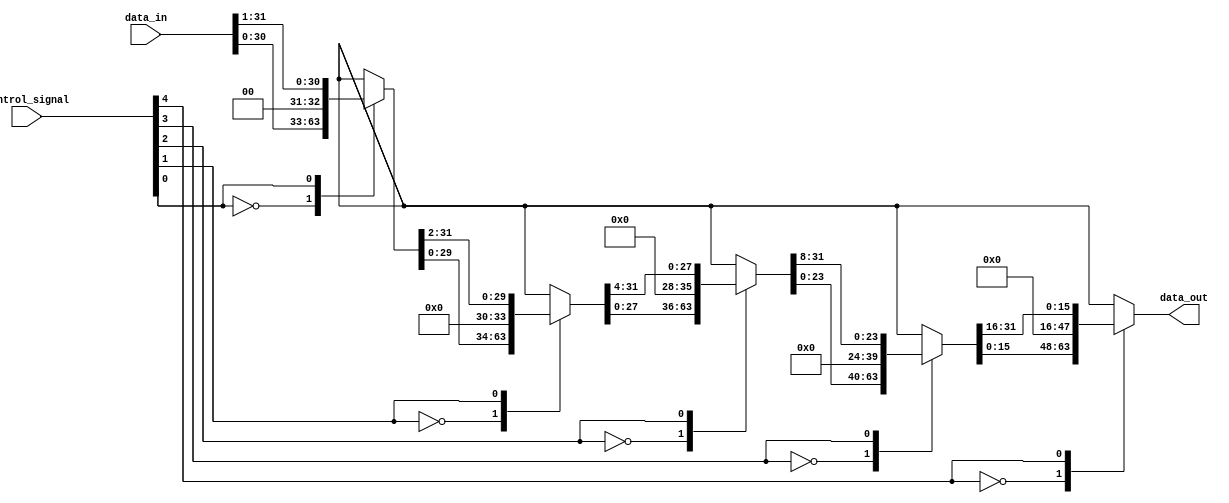
module barrel_shifter (
    input wire [31:0] data_in,
    input wire [4:0] control_signal,
    output reg [31:0] data_out
);

reg [31:0] stage_1_out, stage_2_out, stage_3_out, stage_4_out;

// Stage 1
always @*
begin
    case (control_signal[0])
        1'b0: stage_1_out = data_in << 1;
        1'b1: stage_1_out = data_in >> 1;
    endcase
end

// Stage 2
always @*
begin
    case (control_signal[1])
        1'b0: stage_2_out = stage_1_out << 2;
        1'b1: stage_2_out = stage_1_out >> 2;
    endcase
end

// Stage 3
always @*
begin
    case (control_signal[2])
        1'b0: stage_3_out = stage_2_out << 4;
        1'b1: stage_3_out = stage_2_out >> 4;
    endcase
end

// Stage 4
always @*
begin
    case (control_signal[3])
        1'b0: stage_4_out = stage_3_out << 8;
        1'b1: stage_4_out = stage_3_out >> 8;
    endcase
end

// Final output
always @*
begin
    case (control_signal[4])
        1'b0: data_out = stage_4_out << 16;
        1'b1: data_out = stage_4_out >> 16;
    endcase
end

endmodule